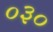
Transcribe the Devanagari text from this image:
०३०